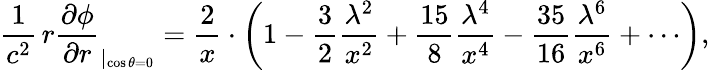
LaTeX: \frac{1}{c^{2}}\, r\frac{\partial\phi}{\partial r}_{|_{\cos\theta=0}}=\frac{2}{x}\cdot\left(1-\frac{3}{2}\frac{\lambda^{2}}{x^{2}}+\frac{15}{8}\frac{\lambda^{4}}{x^{4}}-\frac{35}{16}\frac{\lambda^{6}}{x^{6}}+\cdots\right),